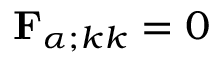
{ \mathbf { F } } _ { \alpha ; k k } = 0